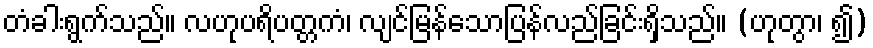
တံခါးရွက်သည်။ လဟုပရိပတ္တကံ၊ လျင်မြန်သောပြန်လည်ခြင်းရှိသည်။ (ဟုတွာ၊ ၍)